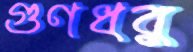
গুণধর